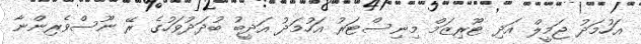
އަހުމަދު ޖަމީލް އަދި ޓޫރިޒަމް މިނިސްޓަރު އަހުމަދު އަދީބު ބުދަދުވަހުގެ ރޭ ނޫސްވެރިންނާ